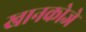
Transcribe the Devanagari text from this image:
खानकोजे